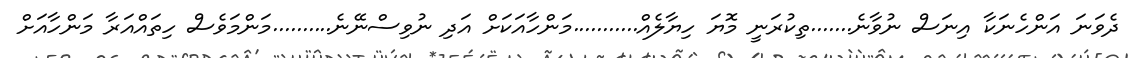
ދެވަނަ އަންހެނަކާ އިނަސް ނުވާނެ.......ތިކުރަނީ މޮޔަ ހިޔާލެއް...........މަންހާއަކަށް އަދި ނުވިސްނޭނެ..........މަންމަވެސް ހިތައްއަރާ މަންހާއަށް